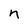
Character: n